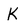
Character: K